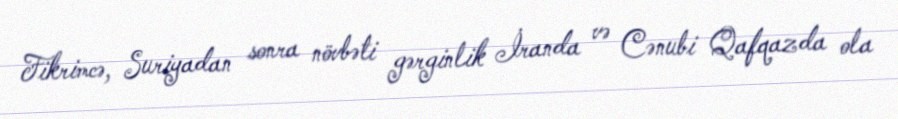
Fikrimcə, Suriyadan sonra növbəti gərginlik İranda və Cənubi Qafqazda ola